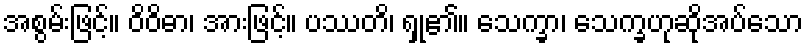
အစွမ်းဖြင့်။ ဝိဝိဓာ၊ အားဖြင့်။ ပဿတိ၊ ရှု၏။ သေက္ခာ၊ သေက္ခဟုဆိုအပ်သော